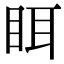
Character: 眲